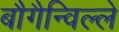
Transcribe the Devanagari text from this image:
बौगैन्विल्ले